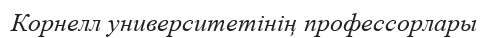
Корнелл университетінің профессорлары